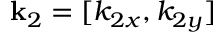
\mathbf { k } _ { 2 } = [ k _ { 2 x } , k _ { 2 y } ]